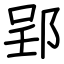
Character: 郢